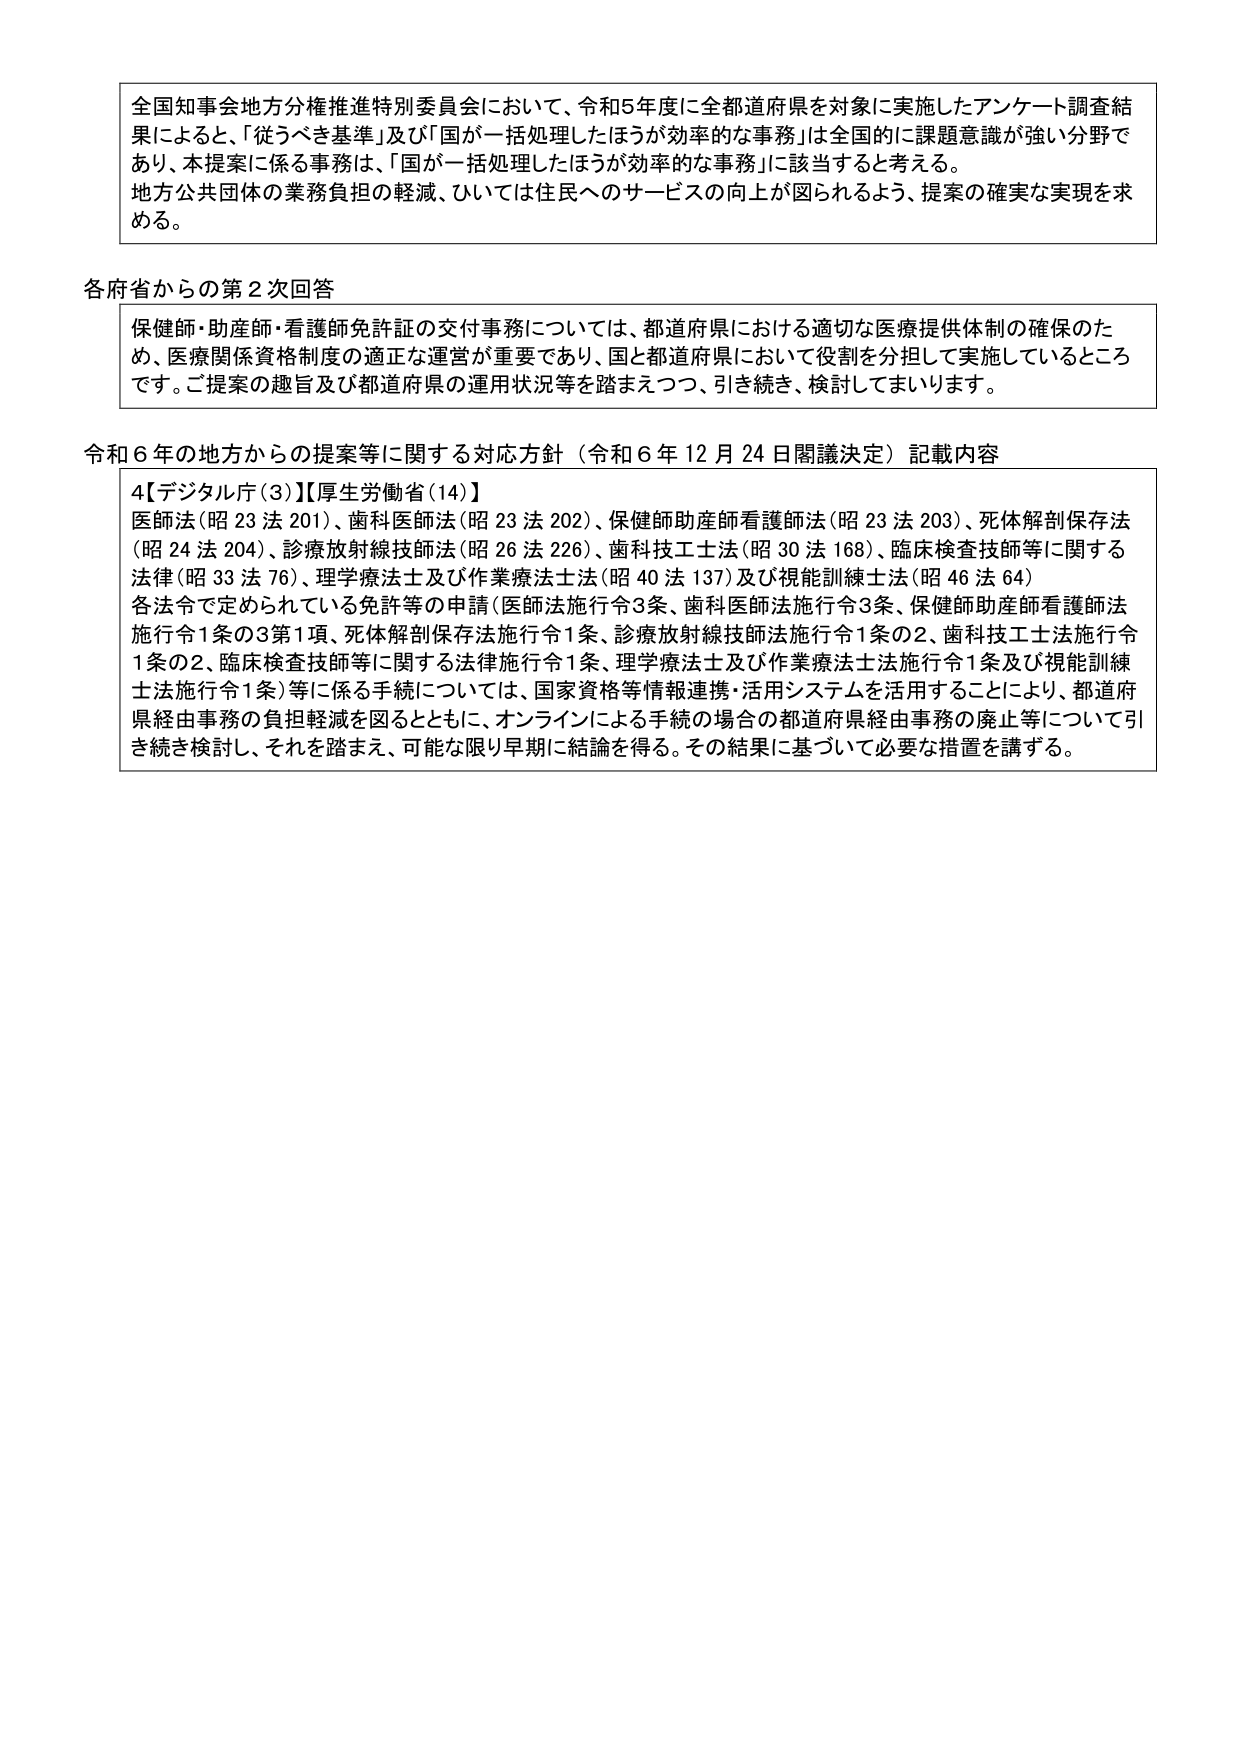
全国知事会地方分権推進特別委員会において、令和5年度に全都道府県を対象に実施したアンケート調査結果によると、「従うべき基準」及び「国が一括処理したほうが効率的な事務」は全国的に課題意識が強い分野であり、本提案に係る事務は、「国が一括処理したほうが効率的な事務」に該当すると考える。地方公共団体の業務負担の軽減、ひいては住民へのサービスの向上が図られるよう、提案の確実な実現を求める。

各府省からの第2次回答
保健師・助産師・看護師免許証の交付事務については、都道府県における適切な医療提供体制の確保のため、医療関係資格制度の適正な運営が重要であり、国と都道府県において役割を分担して実施しているところです。ご提案の趣旨及び都道府県の運用状況等を踏まえつつ、引き続き、検討してまいります。

令和6年の地方からの提案等に関する対応方針（令和6年12月24日閣議決定）記載内容
4【デジタル庁(3)】【厚生労働省(14)】
医師法（昭23法201）、歯科医師法（昭23法202）、保健師助産師看護師法（昭23法203）、死体解剖保存法（昭24法204）、診療放射線技師法（昭26法226）、歯科技工士法（昭30法168）、臨床検査技師等に関する法律（昭33法76）、理学療法士及び作業療法士法（昭40法137）及び視能訓練士法（昭46法64）
各法令で定められている免許等の申請（医師法施行令3条、歯科医師法施行令3条、保健師助産師看護師法施行令1条の3第1項、死体解剖保存法施行令1条、診療放射線技師法施行令1条の2、歯科技工士法施行令1条の2、臨床検査技師等に関する法律施行令1条、理学療法士及び作業療法士法施行令1条及び視能訓練士法施行令1条）等に係る手続については、国家資格等情報連携・活用システムを活用することにより、都道府県経由事務の負担軽減を図るとともに、オンラインによる手続の場合の都道府県経由事務の廃止等について引き続き検討し、それを踏まえ、可能な限り早期に結論を得る。その結果に基づいて必要な措置を講ずる。